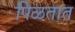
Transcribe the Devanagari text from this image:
पिळतात